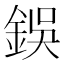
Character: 鋘